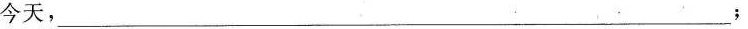
今天，___；